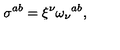
\sigma ^ { a b } = \xi ^ { \nu } \omega _ { \nu } { } ^ { a b } ,